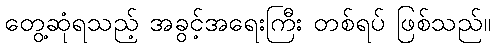
တွေ့ဆုံရသည့် အခွင့်အရေးကြီး တစ်ရပ် ဖြစ်သည်။